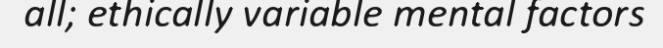
all; ethically variable mental factors